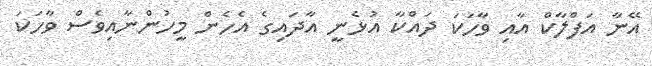
އޭނާ އަފްލާކް އާއި ވާހަކަ ދައްކާ އުޅެނީ އާދައިގެ އެހެން މީހުންނާއިވެސް ވާހަކަ